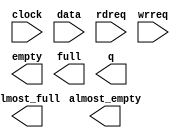
// megafunction wizard: %FIFO%VBB%
// GENERATION: STANDARD
// VERSION: WM1.0
// MODULE: scfifo 

// ============================================================
// Megafunction Name(s):
// 			scfifo
//
// Simulation Library Files(s):
// 			altera_mf
// ============================================================
// ************************************************************
// THIS IS A WIZARD-GENERATED FILE. DO NOT EDIT THIS FILE!
//
// 9.0 Build 235 06/17/2009 SP 2 SJ Full Version
// ************************************************************

//Copyright (C) 1991-2009 Altera Corporation
//Your use of Altera Corporation's design tools, logic functions 
//and other software and tools, and its AMPP partner logic 
//functions, and any output files from any of the foregoing 
//(including device programming or simulation files), and any 
//associated documentation or information are expressly subject 
//to the terms and conditions of the Altera Program License 
//Subscription Agreement, Altera MegaCore Function License 
//Agreement, or other applicable license agreement, including, 
//without limitation, that your use is for the sole purpose of 
//programming logic devices manufactured by Altera and sold by 
//Altera or its authorized distributors.  Please refer to the 
//applicable agreement for further details.

module lpbff (
	clock,
	data,
	rdreq,
	wrreq,
	almost_empty,
	almost_full,
	empty,
	full,
	q);

	input	  clock;
	input	[35:0]  data;
	input	  rdreq;
	input	  wrreq;
	output	  almost_empty;
	output	  almost_full;
	output	  empty;
	output	  full;
	output	[35:0]  q;

endmodule

// ============================================================
// CNX file retrieval info
// ============================================================
// Retrieval info: PRIVATE: AlmostEmpty NUMERIC "1"
// Retrieval info: PRIVATE: AlmostEmptyThr NUMERIC "2"
// Retrieval info: PRIVATE: AlmostFull NUMERIC "1"
// Retrieval info: PRIVATE: AlmostFullThr NUMERIC "511"
// Retrieval info: PRIVATE: CLOCKS_ARE_SYNCHRONIZED NUMERIC "1"
// Retrieval info: PRIVATE: Clock NUMERIC "0"
// Retrieval info: PRIVATE: Depth NUMERIC "512"
// Retrieval info: PRIVATE: Empty NUMERIC "1"
// Retrieval info: PRIVATE: Full NUMERIC "1"
// Retrieval info: PRIVATE: INTENDED_DEVICE_FAMILY STRING "Arria II GX"
// Retrieval info: PRIVATE: LE_BasedFIFO NUMERIC "0"
// Retrieval info: PRIVATE: LegacyRREQ NUMERIC "1"
// Retrieval info: PRIVATE: MAX_DEPTH_BY_9 NUMERIC "0"
// Retrieval info: PRIVATE: OVERFLOW_CHECKING NUMERIC "0"
// Retrieval info: PRIVATE: Optimize NUMERIC "2"
// Retrieval info: PRIVATE: RAM_BLOCK_TYPE NUMERIC "0"
// Retrieval info: PRIVATE: SYNTH_WRAPPER_GEN_POSTFIX STRING "0"
// Retrieval info: PRIVATE: UNDERFLOW_CHECKING NUMERIC "0"
// Retrieval info: PRIVATE: UsedW NUMERIC "0"
// Retrieval info: PRIVATE: Width NUMERIC "36"
// Retrieval info: PRIVATE: dc_aclr NUMERIC "0"
// Retrieval info: PRIVATE: diff_widths NUMERIC "0"
// Retrieval info: PRIVATE: msb_usedw NUMERIC "0"
// Retrieval info: PRIVATE: output_width NUMERIC "36"
// Retrieval info: PRIVATE: rsEmpty NUMERIC "1"
// Retrieval info: PRIVATE: rsFull NUMERIC "0"
// Retrieval info: PRIVATE: rsUsedW NUMERIC "0"
// Retrieval info: PRIVATE: sc_aclr NUMERIC "0"
// Retrieval info: PRIVATE: sc_sclr NUMERIC "0"
// Retrieval info: PRIVATE: wsEmpty NUMERIC "0"
// Retrieval info: PRIVATE: wsFull NUMERIC "1"
// Retrieval info: PRIVATE: wsUsedW NUMERIC "0"
// Retrieval info: CONSTANT: ADD_RAM_OUTPUT_REGISTER STRING "OFF"
// Retrieval info: CONSTANT: ALMOST_EMPTY_VALUE NUMERIC "2"
// Retrieval info: CONSTANT: ALMOST_FULL_VALUE NUMERIC "511"
// Retrieval info: CONSTANT: INTENDED_DEVICE_FAMILY STRING "Arria II GX"
// Retrieval info: CONSTANT: LPM_NUMWORDS NUMERIC "512"
// Retrieval info: CONSTANT: LPM_SHOWAHEAD STRING "OFF"
// Retrieval info: CONSTANT: LPM_TYPE STRING "scfifo"
// Retrieval info: CONSTANT: LPM_WIDTH NUMERIC "36"
// Retrieval info: CONSTANT: LPM_WIDTHU NUMERIC "9"
// Retrieval info: CONSTANT: OVERFLOW_CHECKING STRING "ON"
// Retrieval info: CONSTANT: UNDERFLOW_CHECKING STRING "ON"
// Retrieval info: CONSTANT: USE_EAB STRING "ON"
// Retrieval info: USED_PORT: almost_empty 0 0 0 0 OUTPUT NODEFVAL almost_empty
// Retrieval info: USED_PORT: almost_full 0 0 0 0 OUTPUT NODEFVAL almost_full
// Retrieval info: USED_PORT: clock 0 0 0 0 INPUT NODEFVAL clock
// Retrieval info: USED_PORT: data 0 0 36 0 INPUT NODEFVAL data[35..0]
// Retrieval info: USED_PORT: empty 0 0 0 0 OUTPUT NODEFVAL empty
// Retrieval info: USED_PORT: full 0 0 0 0 OUTPUT NODEFVAL full
// Retrieval info: USED_PORT: q 0 0 36 0 OUTPUT NODEFVAL q[35..0]
// Retrieval info: USED_PORT: rdreq 0 0 0 0 INPUT NODEFVAL rdreq
// Retrieval info: USED_PORT: wrreq 0 0 0 0 INPUT NODEFVAL wrreq
// Retrieval info: CONNECT: @data 0 0 36 0 data 0 0 36 0
// Retrieval info: CONNECT: q 0 0 36 0 @q 0 0 36 0
// Retrieval info: CONNECT: @wrreq 0 0 0 0 wrreq 0 0 0 0
// Retrieval info: CONNECT: @rdreq 0 0 0 0 rdreq 0 0 0 0
// Retrieval info: CONNECT: @clock 0 0 0 0 clock 0 0 0 0
// Retrieval info: CONNECT: full 0 0 0 0 @full 0 0 0 0
// Retrieval info: CONNECT: empty 0 0 0 0 @empty 0 0 0 0
// Retrieval info: CONNECT: almost_full 0 0 0 0 @almost_full 0 0 0 0
// Retrieval info: CONNECT: almost_empty 0 0 0 0 @almost_empty 0 0 0 0
// Retrieval info: LIBRARY: altera_mf altera_mf.altera_mf_components.all
// Retrieval info: GEN_FILE: TYPE_NORMAL lpbff.v TRUE
// Retrieval info: GEN_FILE: TYPE_NORMAL lpbff.inc FALSE
// Retrieval info: GEN_FILE: TYPE_NORMAL lpbff.cmp FALSE
// Retrieval info: GEN_FILE: TYPE_NORMAL lpbff.bsf FALSE
// Retrieval info: GEN_FILE: TYPE_NORMAL lpbff_inst.v FALSE
// Retrieval info: GEN_FILE: TYPE_NORMAL lpbff_bb.v TRUE
// Retrieval info: GEN_FILE: TYPE_NORMAL lpbff_waveforms.html FALSE
// Retrieval info: GEN_FILE: TYPE_NORMAL lpbff_wave*.jpg FALSE
// Retrieval info: LIB_FILE: altera_mf